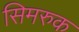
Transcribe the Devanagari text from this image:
सिमरुक